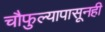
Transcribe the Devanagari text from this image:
चौफुल्यापासूनही